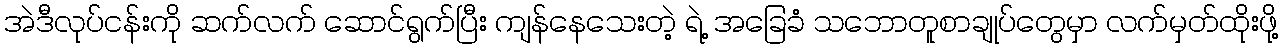
အဲဒီလုပ်ငန်းကို ဆက်လက် ဆောင်ရွက်ပြီး ကျန်နေသေးတဲ့ ရဲ့ အခြေခံ သဘောတူစာချုပ်တွေမှာ လက်မှတ်ထိုးဖို့